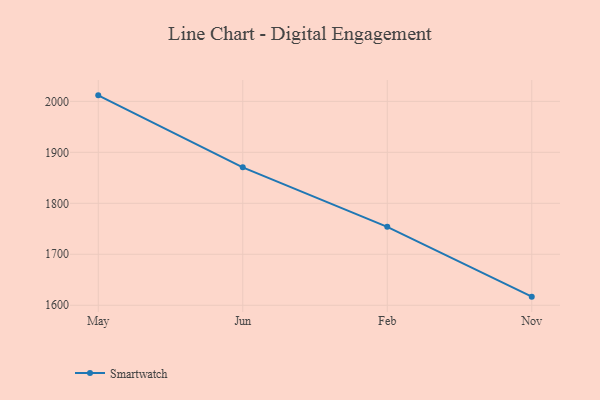
{"axis": {"x": "Month", "y": "Waste Production (Tons)"}, "legend": ["Smartwatch"], "data": [{"x": "May", "y": 2011.8, "type": "Smartwatch"}, {"x": "Jun", "y": 1870.6, "type": "Smartwatch"}, {"x": "Feb", "y": 1753.9, "type": "Smartwatch"}, {"x": "Nov", "y": 1616.9, "type": "Smartwatch"}]}